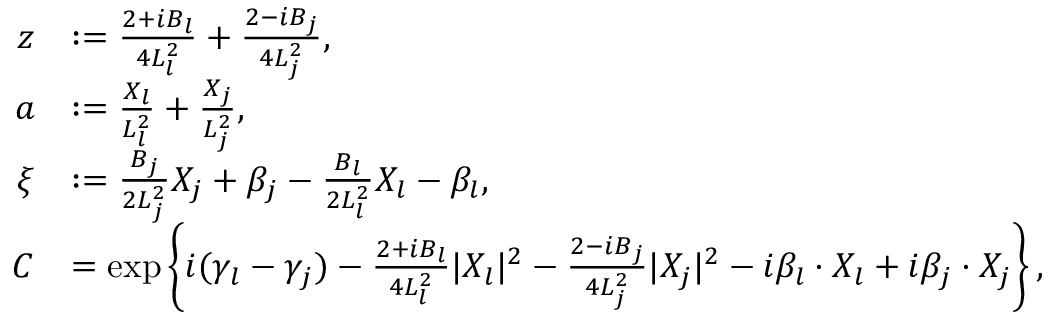
\begin{array} { r l } { z } & { : = \frac { 2 + i B _ { l } } { 4 L _ { l } ^ { 2 } } + \frac { 2 - i B _ { j } } { 4 L _ { j } ^ { 2 } } , } \\ { a } & { : = \frac { X _ { l } } { L _ { l } ^ { 2 } } + \frac { X _ { j } } { L _ { j } ^ { 2 } } , } \\ { \xi } & { : = \frac { B _ { j } } { 2 L _ { j } ^ { 2 } } X _ { j } + \beta _ { j } - \frac { B _ { l } } { 2 L _ { l } ^ { 2 } } X _ { l } - \beta _ { l } , } \\ { C } & { = \exp \left\{ i ( \gamma _ { l } - \gamma _ { j } ) - \frac { 2 + i B _ { l } } { 4 L _ { l } ^ { 2 } } | X _ { l } | ^ { 2 } - \frac { 2 - i B _ { j } } { 4 L _ { j } ^ { 2 } } | X _ { j } | ^ { 2 } - i \beta _ { l } \cdot X _ { l } + i \beta _ { j } \cdot X _ { j } \right\} , } \end{array}